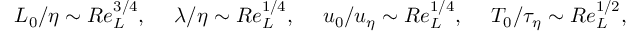
L _ { 0 } / \eta \sim R e _ { L } ^ { 3 / 4 } , \quad \; \lambda / \eta \sim R e _ { L } ^ { 1 / 4 } , \quad \; u _ { 0 } / u _ { \eta } \sim R e _ { L } ^ { 1 / 4 } , \quad \; T _ { 0 } / \tau _ { \eta } \sim R e _ { L } ^ { 1 / 2 } ,